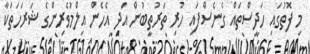
މި ފޮތުގައި ހަދީސްތައް ގެނެސްފައި ހުރި ތަރުތީބުން އަދި އެހެން އިލްމުވެރިންގެ ޝަރަހަތަކާ